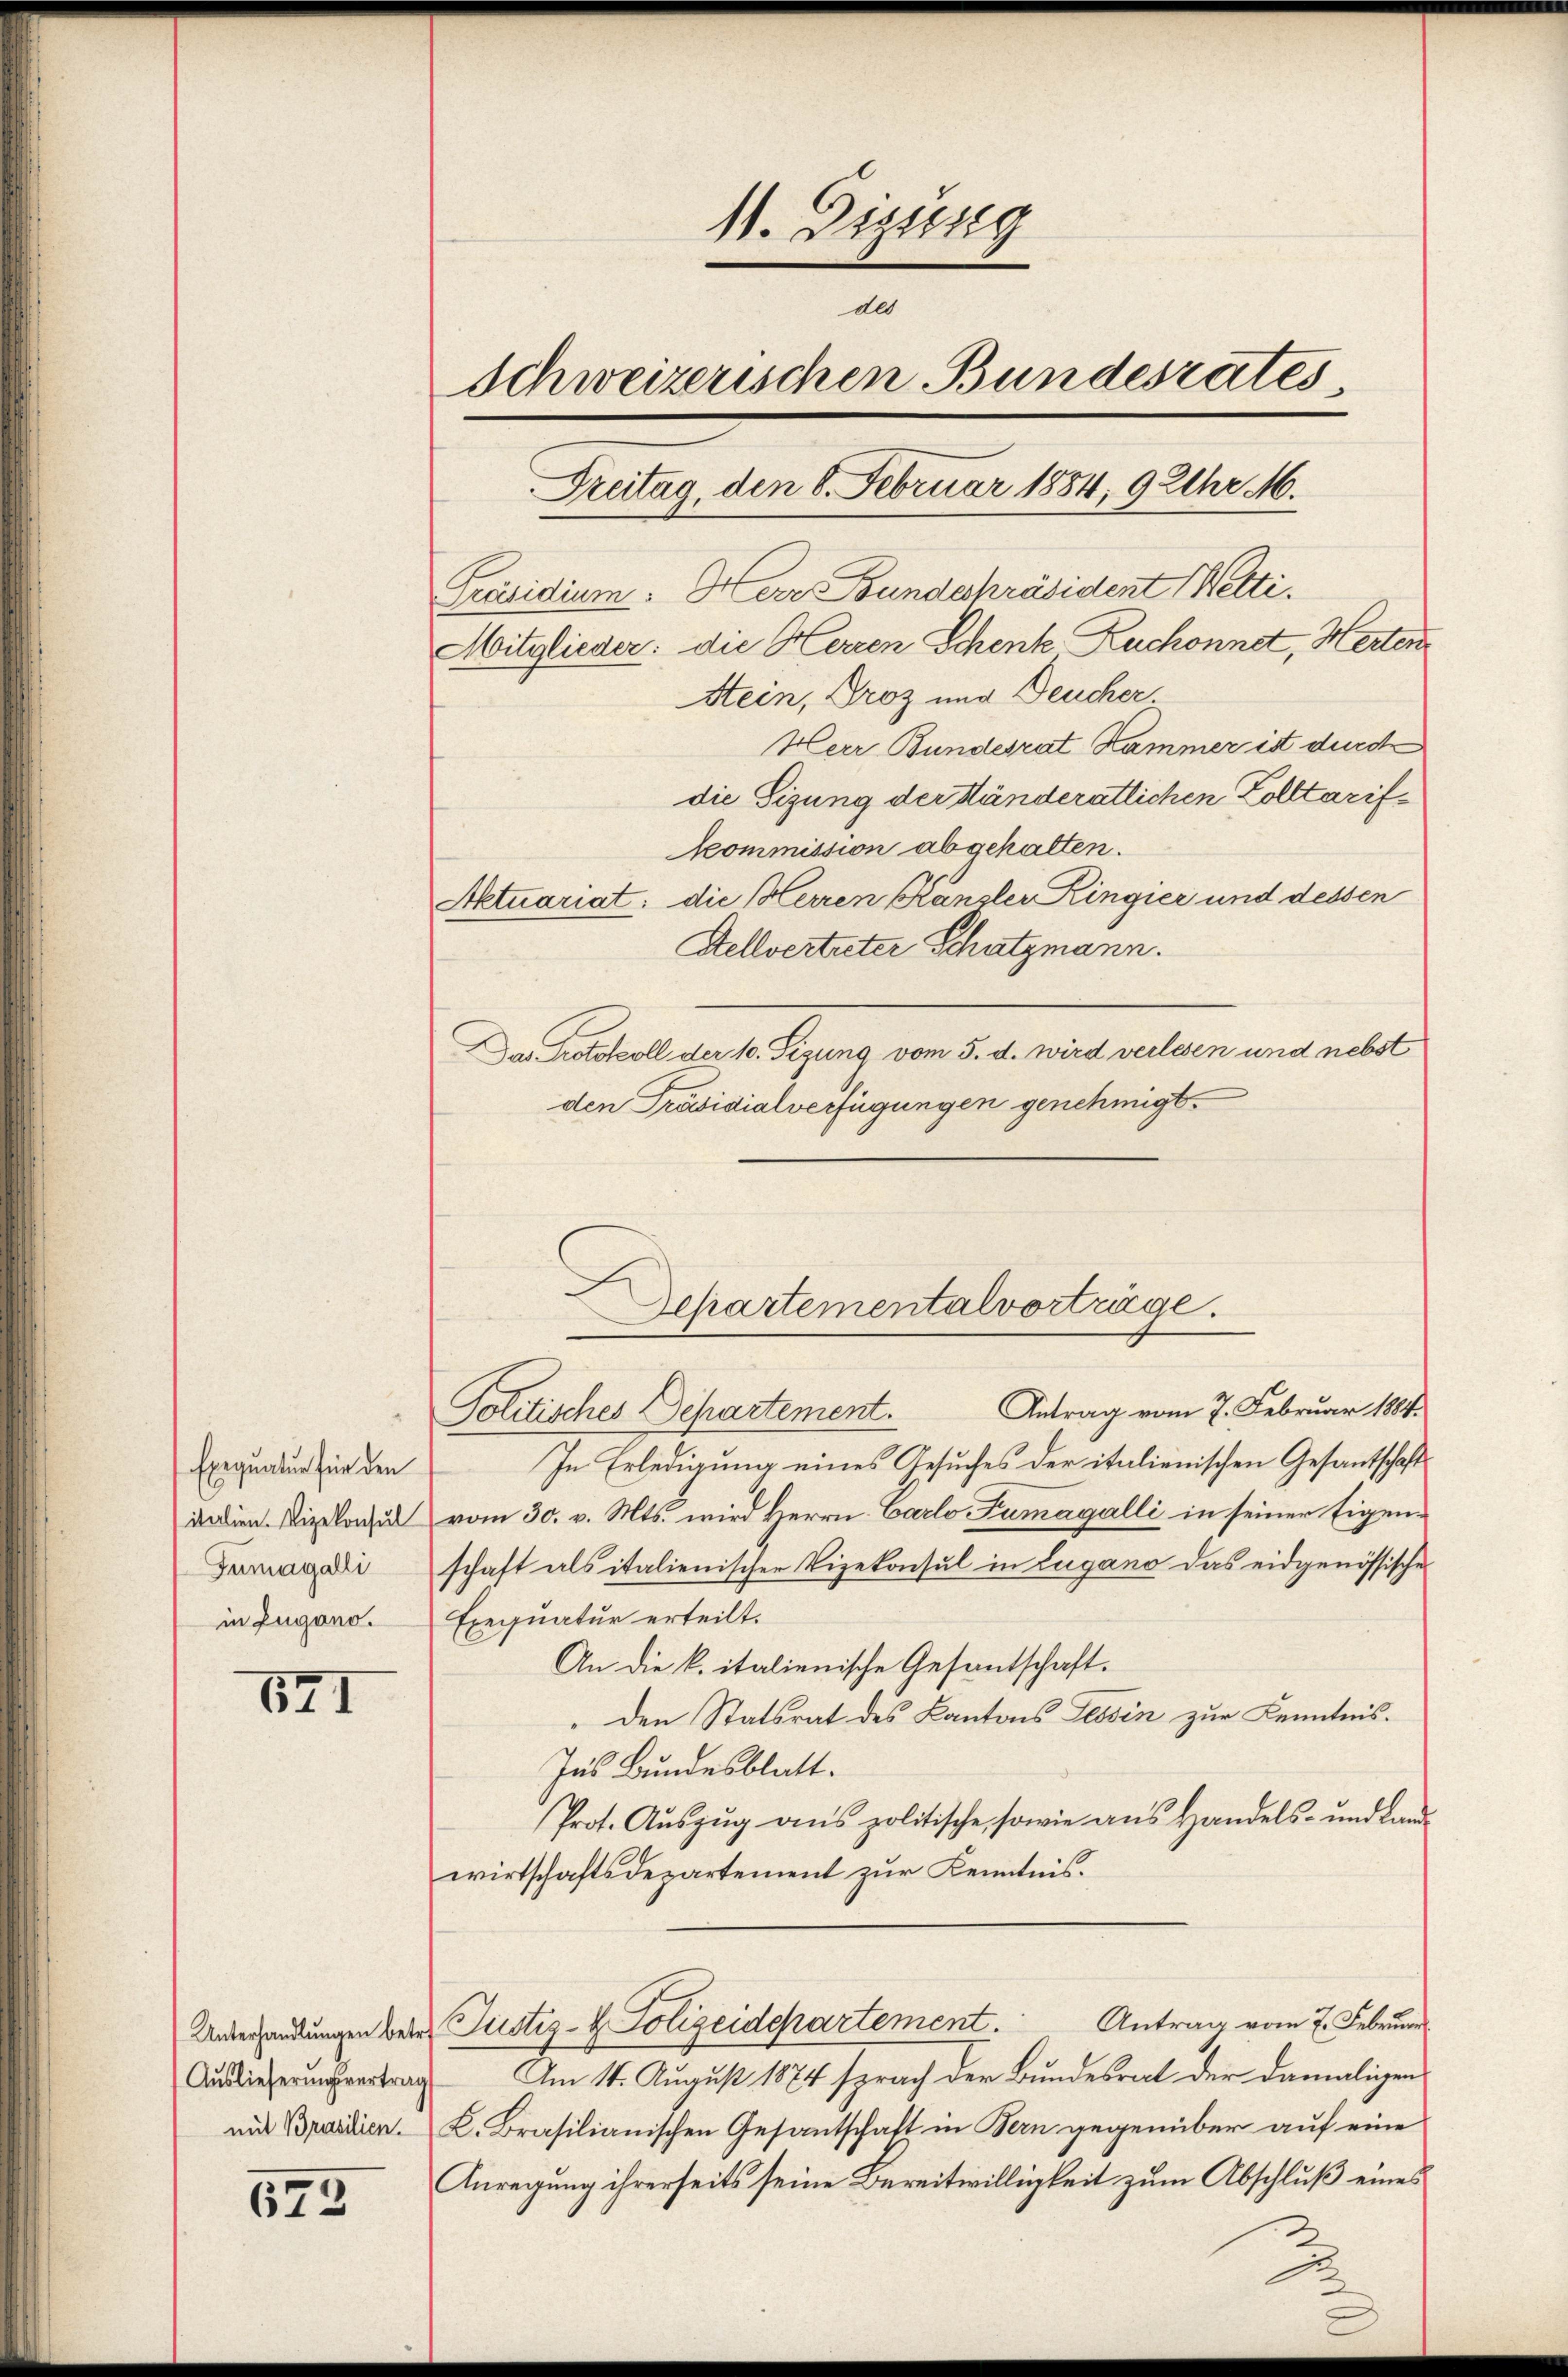
Exequatur für den
italien. Vizekonsul
Zumagalli
in Zugano.

671

Auslieferungsvertrag

572

11. Dizung
de
Schweizerischen Bundesrates
Dreitag, den 6. Februar 1884, 9 Uhr M.
Präsidium. Herr Bundespräsident (Wetti.
Mitglieder: die Herren Schenk Zuchonnet, Herten
Stein, Droz und Deucher
Herr Bundesrat Kammer ist durch
die Sizung der Ständeratlichen Zolltarif¬
Kommission abgehalten.

Aktuariat: die Herren Kanzler Ringier und dessen
Stellvertuter Schatzmann.
Das Protokoll der 10. Sigung vom 5. d. wird verlesen und nebst
den Präsidialverfügungen genehmigt.

Departementalvorträge.
—
Politisches Departement. Antrag vom 7. Februar 1804.

In Erledigung eines Gesuches der italienischen Gesantschaft
vom 30. v. Mts. wird Herrn Carlo Fumagalli in seiner Eigenschaft als italienischer Vizekonsul in Lugano das eidgenössische
Exequatur erteilt.
An die k. italienische Gesantschaft.
" den Statsrat des Kantons Tessin zur Kenntnis.
Ins Bundesblatt.
Prot. Aŭszŭg ans politische, sowie aus Handels- und Land
wirtschaftsdepartement zur Kenntnis.
Unterhandlungen beim Justiz- & Polizeidepartement. Antrag vom 7. Februar
Am 14. August 1874 sprach der Bundesrat der damaligen
mit Brasdien. K. Brasilianischen Gesantschaft in Bern gegenüber auf eine
Anregung ihrerseits seine Bereitwilligkeit zum Abschluß eines

.